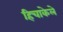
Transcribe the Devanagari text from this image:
हिचाकेले